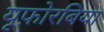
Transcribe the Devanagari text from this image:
यूफ़ोरबिया